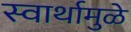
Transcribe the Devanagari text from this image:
स्वार्थामुळे